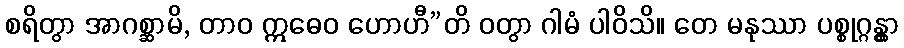
စရိတွာ အာဂစ္ဆာမိ, တာဝ ဣဓေဝ ဟောဟီ”တိ ဝတွာ ဂါမံ ပါဝိသိ။ တေ မနုဿာ ပစ္စုဂ္ဂန္တွာ